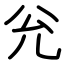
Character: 兊